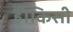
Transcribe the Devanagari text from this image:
हैं।किसी